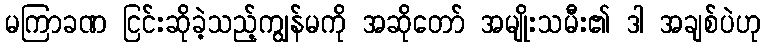
မကြာခဏ ငြင်းဆိုခဲ့သည့်ကျွန်မကို အဆိုတော် အမျိုးသမီး၏ ဒါ အချစ်ပဲဟု